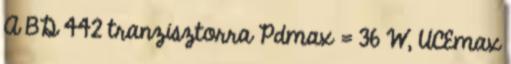
A BD 442 tranzisztorra Pdmax = 36 W, UCEmax